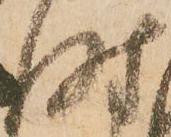
時